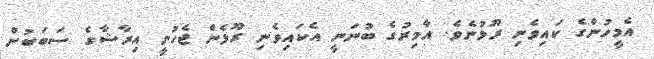
އެމީހުންގެ ކައިވެނި ރޫޅުނެވެ. އާމިރުގެ ބުނަނީ އެކައިވެނި ރޫޅެން ޖެހުނީ އިރާޝާގެ ސަބަބުން